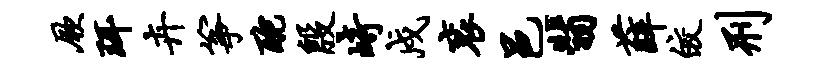
厥珥卉筝酡殷崎戍衮邑翡薛皎刑